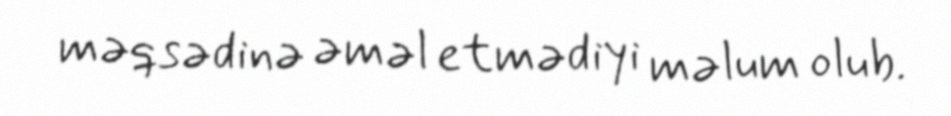
məqsədinə əməl etmədiyi məlum olub.